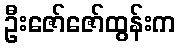
ဦးဇော်ဇော်ထွန်းက